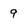
Character: 9